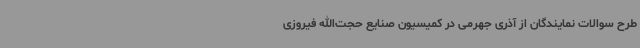
طرح سوالات نمایندگان از آذری جهرمی در کمیسیون صنایع حجت‌الله فیروزی